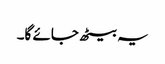
یہ بیٹھ جائے گا۔